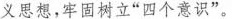
义思想，牢固树立“四个意识”。